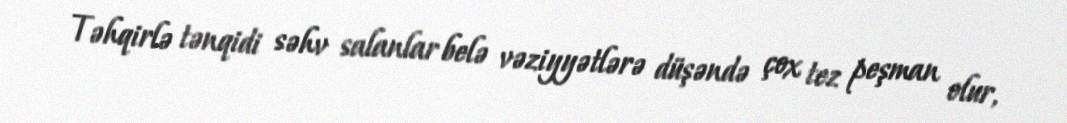
Təhqirlə tənqidi səhv salanlar belə vəziyyətlərə düşəndə çox tez peşman olur,